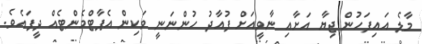
މާލެ އައިފަހުން ޖިޔާ އަށާއި ނާވީއަށް ފުއާދު ހުންނަނީ ވަކިން އެޕާޓްމެންޓެއް ދީފައެވެ.